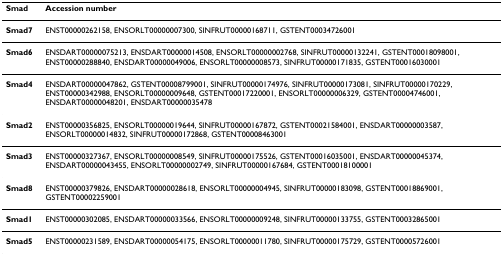
<table><thead><tr><td><b>Smad</b></td><td><b>Accession number</b></td></tr></thead><tbody><tr><td><b>Smad7</b></td><td>ENST00000262158, ENSORLT00000007300, SINFRUT00000168711, GSTENT00034726001</td></tr><tr><td><b>Smad6</b></td><td>ENSDART00000075213, ENSDART00000014508, ENSORLT00000002768, SINFRUT00000132241, GSTENT00018098001, ENST00000288840, ENSDART00000049006, ENSORLT00000008573, SINFRUT00000171835, GSTENT00016030001</td></tr><tr><td><b>Smad4</b></td><td>ENSDART00000047862, GSTENT00008799001, SINFRUT00000174976, SINFRUT00000173081, SINFRUT00000170229, ENST00000342988, ENSORLT00000009648, GSTENT00017220001, ENSORLT00000006329, GSTENT00004746001, ENSDART00000048201, ENSDART00000035478</td></tr><tr><td><b>Smad2</b></td><td>ENST00000356825, ENSORLT00000019644, SINFRUT00000167872, GSTENT00021584001, ENSDART00000003587, ENSORLT00000014832, SINFRUT00000172868, GSTENT00008463001</td></tr><tr><td><b>Smad3</b></td><td>ENST00000327367, ENSORLT00000008549, SINFRUT00000175526, GSTENT00016035001, ENSDART00000045374, ENSDART00000043455, ENSORLT00000002749, SINFRUT00000167684, GSTENT00018100001</td></tr><tr><td><b>Smad8</b></td><td>ENST00000379826, ENSDART00000028618, ENSORLT00000004945, SINFRUT00000183098, GSTENT00018869001, GSTENT00002259001</td></tr><tr><td><b>Smad1</b></td><td>ENST00000302085, ENSDART00000033566, ENSORLT00000009248, SINFRUT00000133755, GSTENT00032865001</td></tr><tr><td><b>Smad5</b></td><td>ENST00000231589, ENSDART00000054175, ENSORLT00000011780, SINFRUT00000175729, GSTENT00005726001</td></tr></tbody></table>